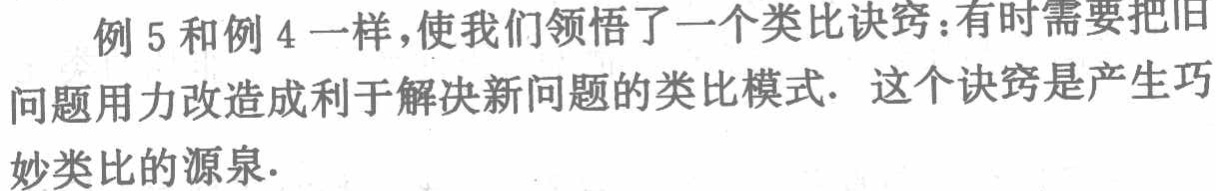
例5和例4一样，使我们领悟了一个类比诀窍：有时需要把旧问题用力改造成利于解决新问题的类比模式. 这个诀窍是产生巧妙类比的源泉.